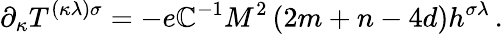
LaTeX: \partial_{\kappa}T^{(\kappa\lambda)\sigma}=-e\mathbb{C}^{-1}M^{2}\left(2m+n-4d\right)h^{\sigma\lambda}\, .